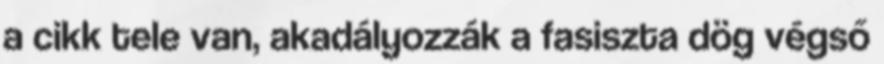
a cikk tele van, akadályozzák a fasiszta dög végső